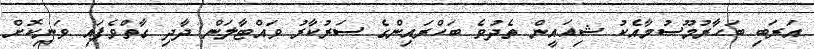
އަރަބި ބަހާރުމޫސުމާއެކު ޝިއައީން ތެދުވެ ބަހްރައިންގެ ސަރުކާރު ވައްޓާލަން ދާދި ގާތްވެފައި ވަނިކޮށް